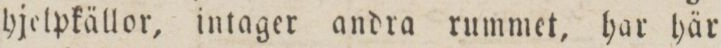
hjelpkällor, intager andra rummet, har här